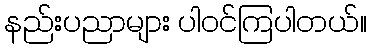
နည်းပညာများ ပါဝင်ကြပါတယ်။